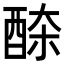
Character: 𨠹